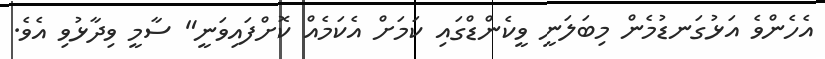
އެހެންވެ އަޅުގަނޑުމެން މިބަލަނީ ވީކެންޑްގައި ކަމަށް އެކަމެއް ކޮށްފައިވަނީ" ސާމީ ވިދާޅުވި އެވެ.